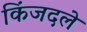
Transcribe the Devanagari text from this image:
किंजदले